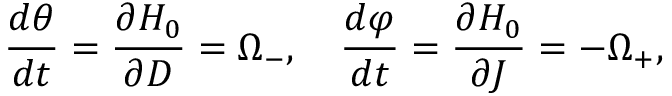
\frac { d \theta } { d t } = \frac { \partial H _ { 0 } } { \partial D } = \Omega _ { - } , \quad \frac { d \varphi } { d t } = \frac { \partial H _ { 0 } } { \partial J } = - \Omega _ { + } ,